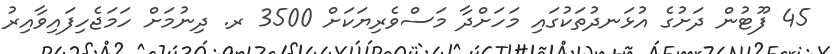
45 ފޫޓުން ދަށުގެ އުޅަނދުތަކުގައި މަހަށްދާ މަސްވެރިޔަކަށް 3500 ރ. ދިނުމަށް ހަމަޖެހިފައިވާއިރު